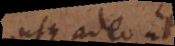
usque adeo ut